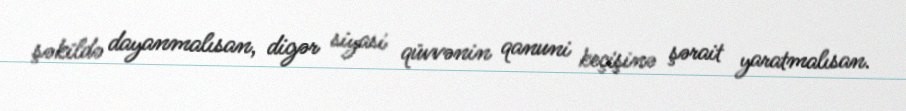
şəkildə dayanmalısan, digər siyasi qüvvənin qanuni keçişinə şərait yaratmalısan.